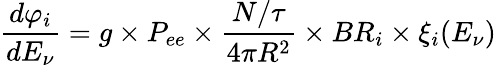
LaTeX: \frac{d\varphi_{i}}{dE_{\nu}}=g\times P_{ee}\times\frac{N/\tau}{4\pi R^{2}}\times BR_{i}\times\xi_{i}(E_{\nu})